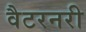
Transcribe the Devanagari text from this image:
वैटरनरी